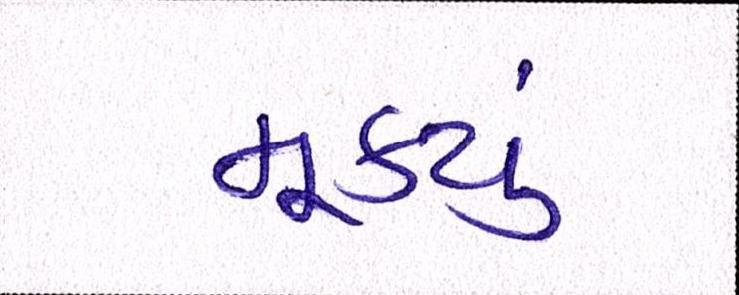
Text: મૂક્યું